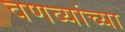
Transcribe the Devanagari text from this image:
वणव्यांच्या